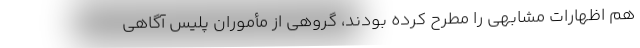
هم اظهارات مشابهی را مطرح کرده بودند، گروهی از مأموران پلیس آگاهی